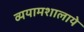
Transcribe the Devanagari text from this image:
व्ययामशालाये